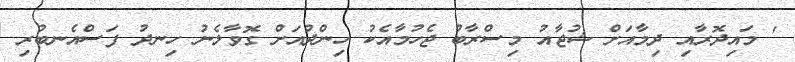
' މައިދޮރާއި ދިމާއަށް ޝުޖާއު މިސްރާބު ޖެހުމާއެކު ހިންދުއަށް ގޮވާލެނު ހިނދު ފަސްއެނބުރި